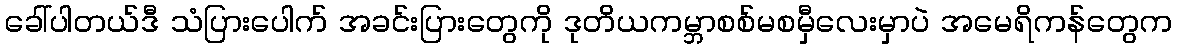
ခေါ်ပါတယ်ဒီ သံပြားပေါက် အခင်းပြားတွေကို ဒုတိယကမ္ဘာစစ်မစမှီလေးမှာပဲ အမေရိကန်တွေက